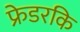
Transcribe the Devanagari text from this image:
फ्रेडरकि